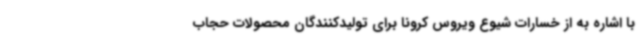
با اشاره به از خسارات شیوع ویروس کرونا برای تولیدکنندگان محصولات حجاب